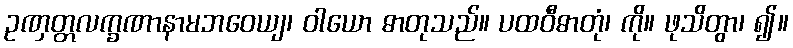
ဥဏှတ္တလက္ခဏာနာမဘဝေယျ၊ ဝါယော ဓာတုသည်။ ပထဝီဓာတုံ၊ ကို။ ဖုသိတွာ၊ ၍။